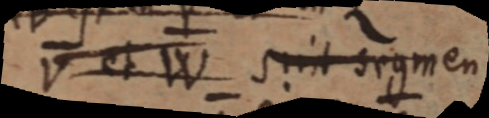
V et W sint segmen